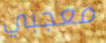
معجبي